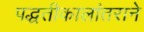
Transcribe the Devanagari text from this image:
पद्धतीकालांतराने